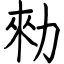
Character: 勑